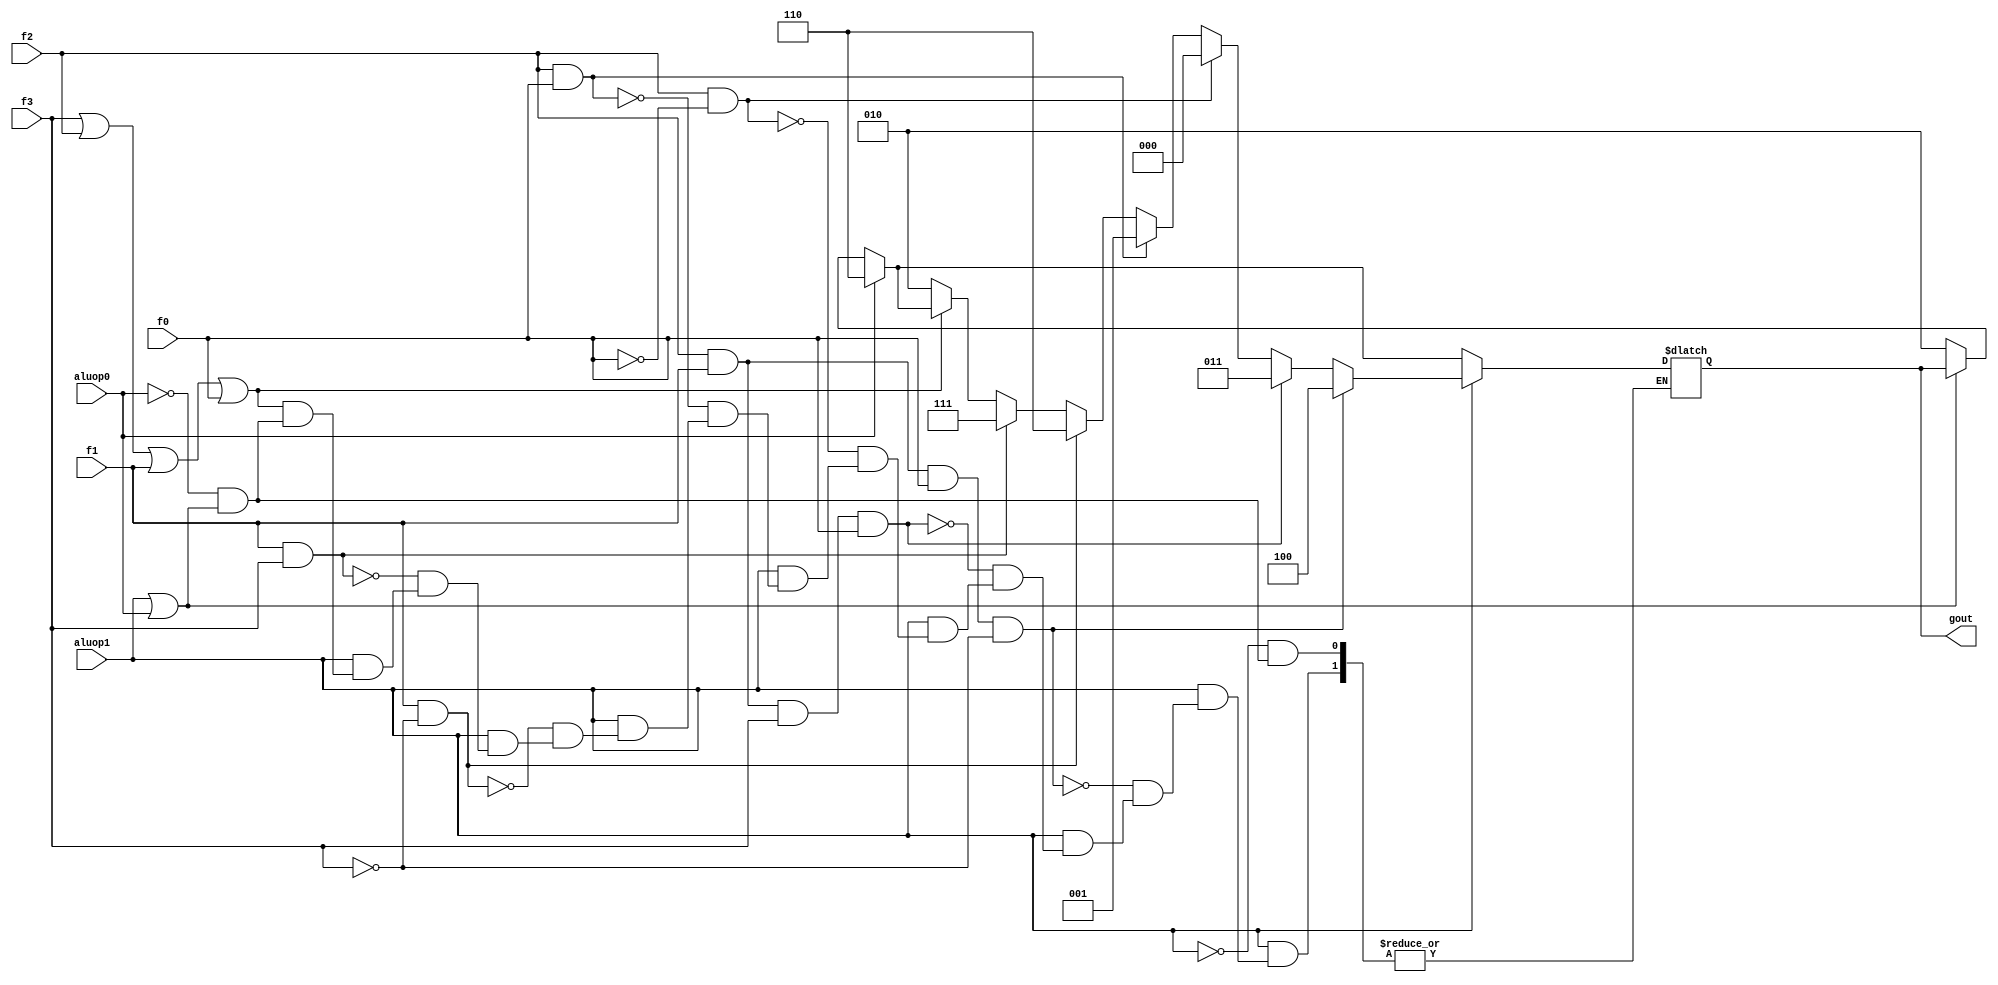
module alucont(aluop1,aluop0,f3,f2,f1,f0,gout);

input aluop1,aluop0,f3,f2,f1,f0;
output [2:0] gout;
reg [2:0] gout;

always @(aluop1 or aluop0 or f3 or f2 or f1 or f0)
begin
	if(~(aluop1|aluop0))
		gout=3'b010;
	if(aluop0)
		gout=3'b110;
	if(aluop1)
	begin
		if (~(f3|f2|f1|f0))
			gout=3'b010;
		if (f1 & f3)
			gout=3'b111;
		if (f1 &~(f3))
			gout=3'b110;
		if (f2 & f0)
			gout=3'b001;
		if (f2 &~(f0))
			gout=3'b000;
		if (f2 & f1 & f3 & f0)
			gout = 3'b011;
		if (f2 & f1 & f0 & (~f3)) // 0111 for nor operation according to mips green sheet
			gout = 3'b100; // free pin for output
	end
end
endmodule